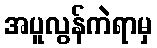
အပူလွန်ကဲရာမှ